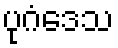
ပုဂံဒေသ